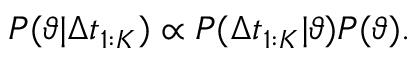
P ( \vartheta | \Delta t _ { 1 : K } ) \propto P ( \Delta t _ { 1 : K } | \vartheta ) P ( \vartheta ) .